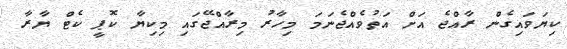
ކިޔަވައިގެން ރާއްޖެ އަށް އަތުވެއްޖެނަމަ މިހާރު މިރާއްޖޭގައި މިކިޔާ ކޮޕީ ކެޓް ޔާރާ